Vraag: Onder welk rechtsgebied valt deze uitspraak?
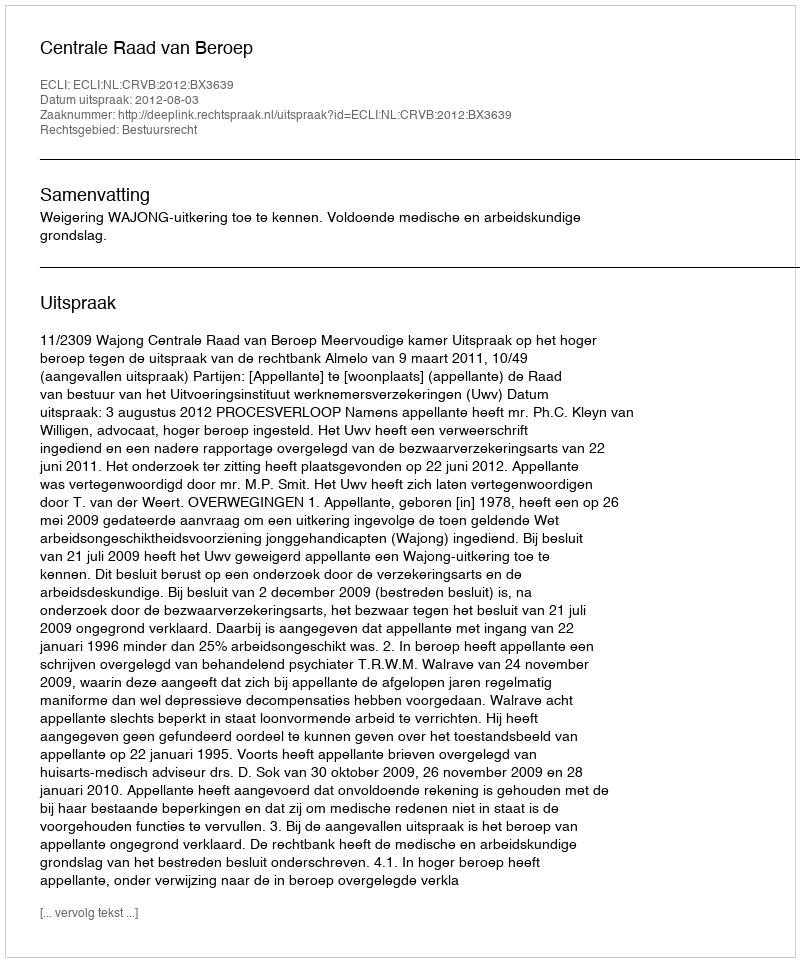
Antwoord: Bestuursrecht